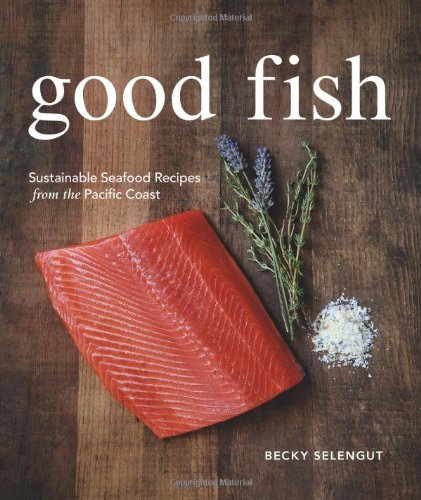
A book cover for Good Fish: Sustainable Seafood Recipes from the Pacific Coast; Becky Selengut; Cookbooks, Food & Wine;